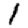
Digit: 1